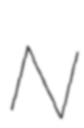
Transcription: N